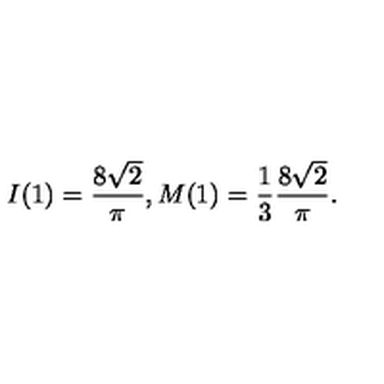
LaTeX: I ( 1 ) = \frac { 8 \sqrt { 2 } } { \pi } , M ( 1 ) = \frac { 1 } { 3 } \frac { 8 \sqrt { 2 } } { \pi } .